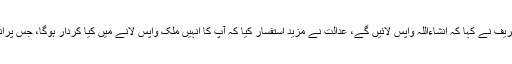
عدالت نے شہبازشریف سے استفسارکیا کہ کیا نوازشریف واپس آئیں گے، جس پرشہبازشریف نے کہا کہ انشاءاللہ واپس لائیں گے، عدالت نے مزید استفسار کیا کہ آپ کا انہیں ملک واپس لانے میں کیا کردار ہوگا، جس پرانہوں نے کہا کہ میں ان کے ساتھ بیرون ملک جارہا ہوں وہ علاج کے بعد واپس آئیں گے۔